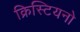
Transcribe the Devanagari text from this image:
क्रिस्टियनो